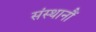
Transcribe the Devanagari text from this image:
संस्थानौं